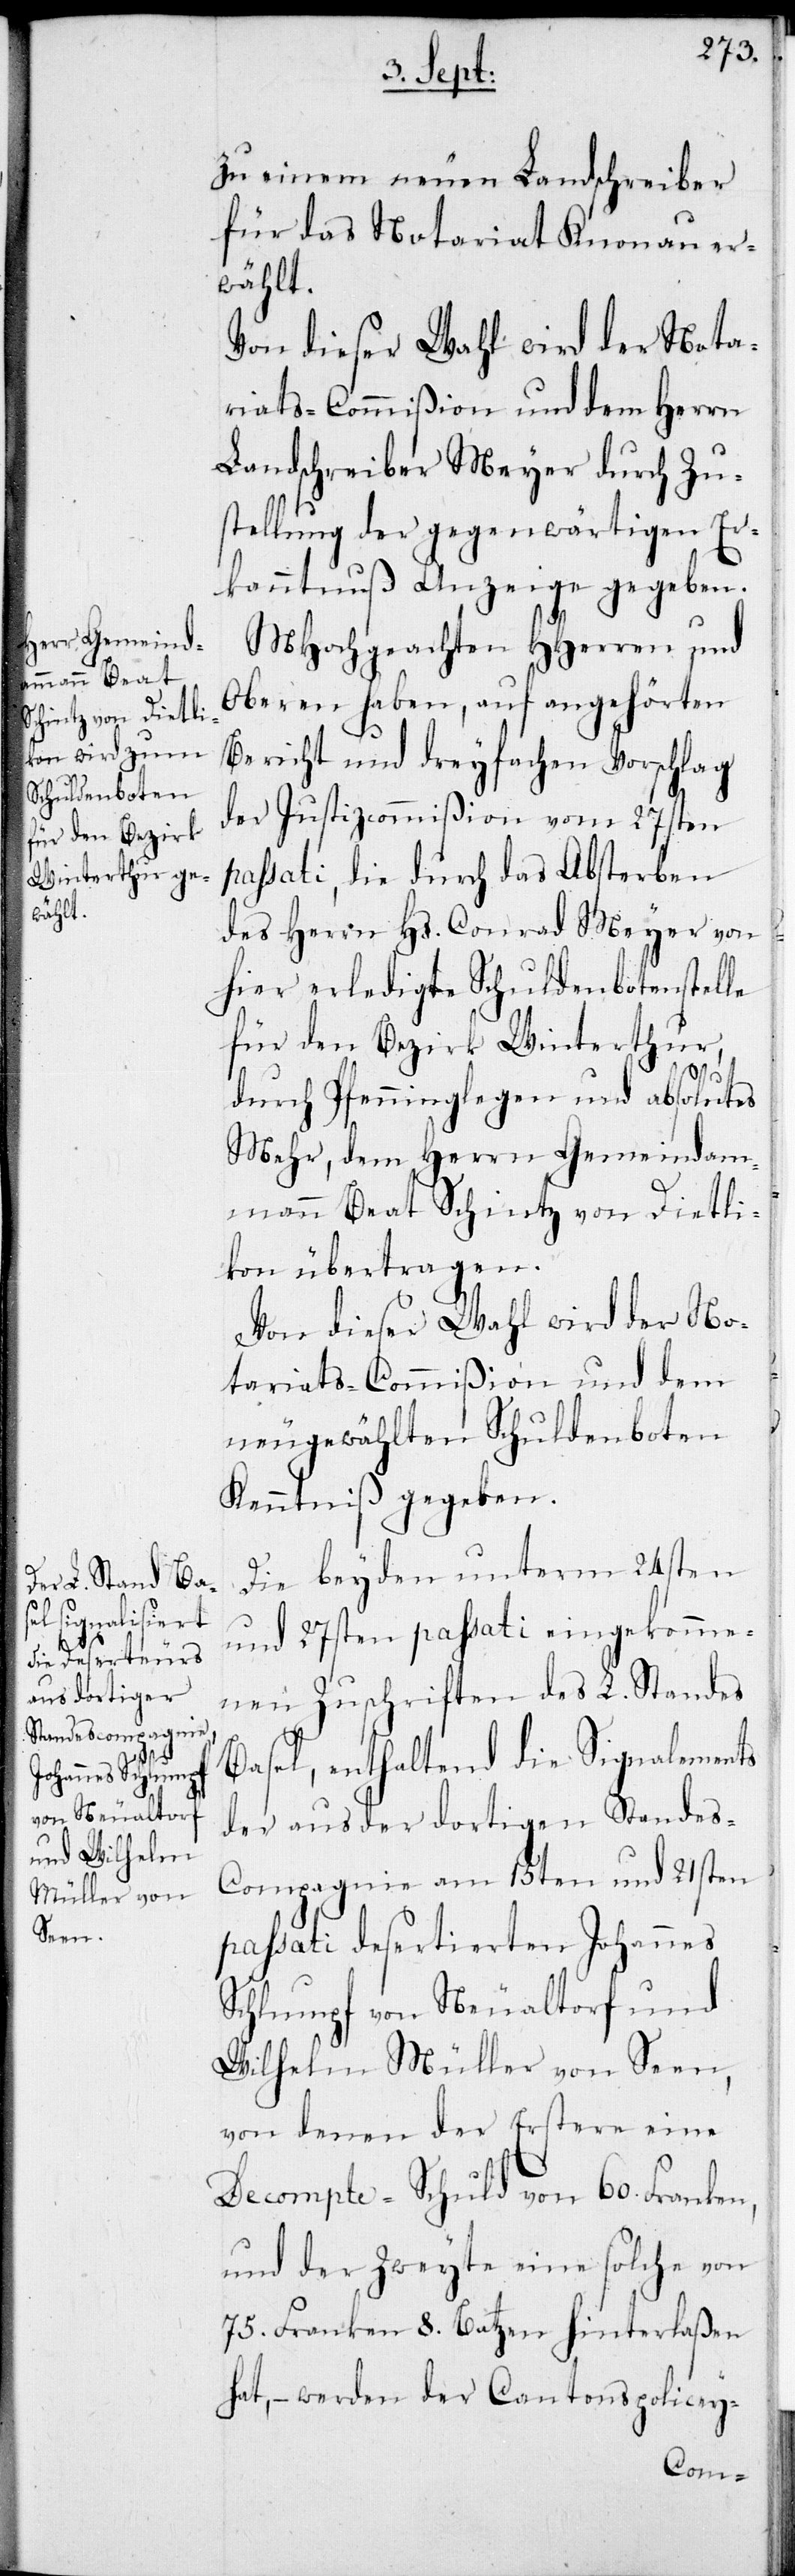
zu einem neuen Landschreiber
für das Notariat Knonau er¬
wählt.
Von dieser Wahl wird der Nota¬
riats-Commißion und dem Herrn
Landschreiber Meyer durch Zu¬
stellung der gegenwärtigen Er¬
kanntnuß Anzeige gegeben.
MHochgeachten HHerren und
Oberen haben, auf angehörten
Bericht und dreyfachen Vorschlag
der Justizcommißion vom 27sten
passati, die durch das Absterben
des Herrn Hs. Conrad Meyer von
hier erledigte Schuldenbotenstelle
für den Bezirk Winterthur,
durch Pfenninglegen und absolutes
Mehr, dem Herrn Gemeindam¬
man Beat Schintz von Dietli¬
kon übertragen.
Von dieser Wahl wird der No¬
tariats-Commißion und dem
neugewählten Schuldenboten
Kenntniß gegeben.
Die beyden unterm 24sten
und 27sten passati eingekomme¬
nen Zuschriften des L. Standes
Basel, enthaltend die Signalements
der aus der dortigen Standes-C¬
ompagnie am 15ten und 21sten
passati desertierten Johannes
Schlumpf von Neualtorf und
Wilhelm Müller von Seen,
von denen der Erstere eine
Decompte-Schuld von 60. Franken,
und der Zweyte eine solche von
75. Franken 8. Batzen hinterlaßen
hat, – werden der Cantonspolicey-